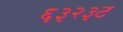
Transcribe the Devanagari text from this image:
६३२३ट